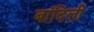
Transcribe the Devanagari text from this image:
बांदिली